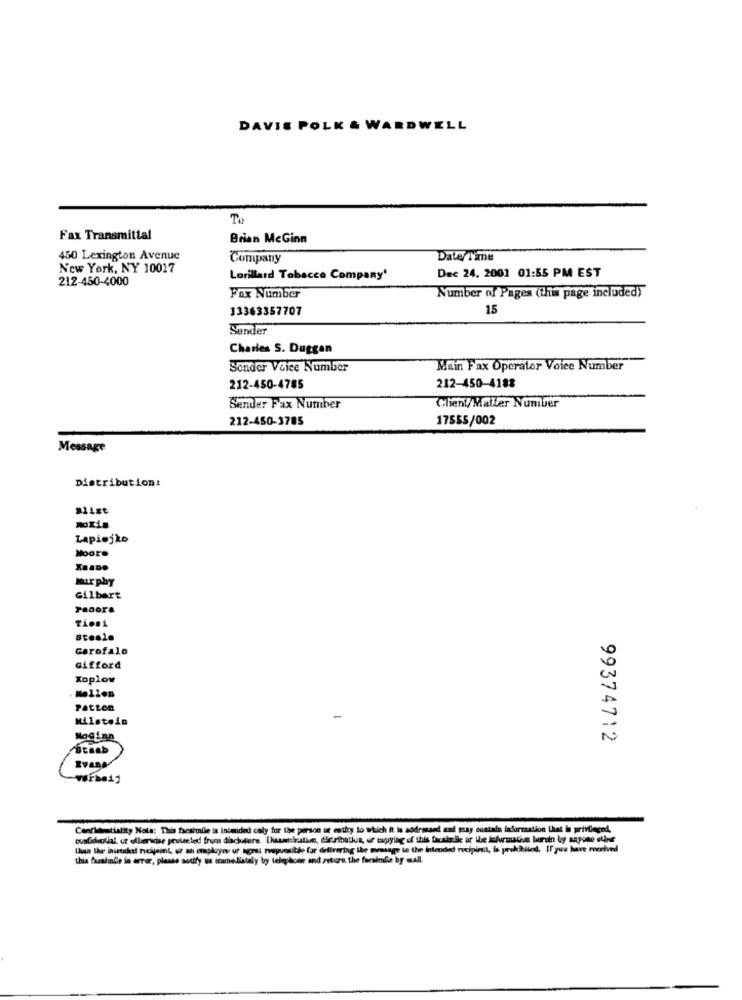
DAVIS POLK & WARDWELL
To
Fax Transmittal
Brian McGinn
450 Lexington Avenue
Company
Date/ Time
New York, NY 10017
Dec 24, 2001 01:55 PM EST
212-450-4000
Lorillard Tobacco Company'
Number of Pages (this page included)
Fax Number
13363357707
15
Sender
Charles S. Duggan
Sonder Voice Number
Main Fax Operator Voice Number
212-450-4785
212-450-4188
Client/Maller Number
Sender Fax Number
212-450-3785
17555/002
Message
Distribution:
Blixt
Moxis
Lapiojko
Moore
Murphy
Gilbert
Tieni
Sto.le
Garofalo
Gifford
Koplow
PAtLon
Milstein
NoGian
99374712
Confidentiality Note: This facahuile is intended only for Use person or entity to which it is addressed and may contain information that is privileged.
custheolial, or ellerwise peulected from disclosure. Disseskratin, druribathis, se wupying of this factinBe ur the Infurmustius horen by sapone eurer
than the initial tuoipiont, or an employee uf aral responsible for delivering the message te the intended recipint, is prohiblind. If you have received
this freshmade in error, please notify us tramelistely by telephone and setora the focalmlie by mail.